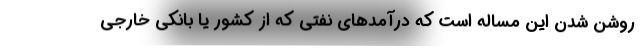
روشن شدن این مساله است که درآمدهای نفتی که از کشور یا بانکی خارجی